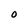
Character: O